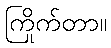
ကြိုက်တာ။